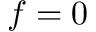
f = 0